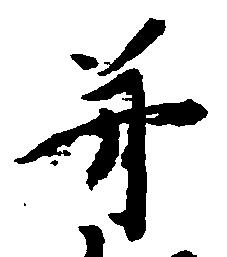
并